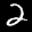
Label: 2